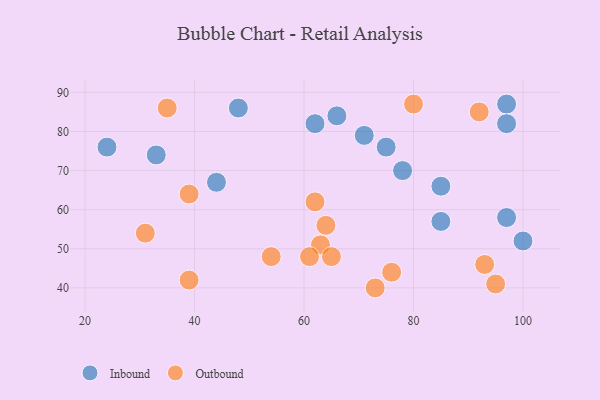
{"axis": {"x": "GDP", "y": "Life Expectancy"}, "legend": ["Inbound", "Outbound"], "data": [{"x": "100", "y": 52, "type": "Inbound"}, {"x": "75", "y": 76, "type": "Inbound"}, {"x": "85", "y": 57, "type": "Inbound"}, {"x": "24", "y": 76, "type": "Inbound"}, {"x": "44", "y": 67, "type": "Inbound"}, {"x": "66", "y": 84, "type": "Inbound"}, {"x": "71", "y": 79, "type": "Inbound"}, {"x": "85", "y": 66, "type": "Inbound"}, {"x": "62", "y": 82, "type": "Inbound"}, {"x": "33", "y": 74, "type": "Inbound"}, {"x": "97", "y": 87, "type": "Inbound"}, {"x": "97", "y": 58, "type": "Inbound"}, {"x": "48", "y": 86, "type": "Inbound"}, {"x": "78", "y": 70, "type": "Inbound"}, {"x": "97", "y": 82, "type": "Inbound"}, {"x": "76", "y": 44, "type": "Outbound"}, {"x": "80", "y": 87, "type": "Outbound"}, {"x": "95", "y": 41, "type": "Outbound"}, {"x": "64", "y": 56, "type": "Outbound"}, {"x": "92", "y": 85, "type": "Outbound"}, {"x": "63", "y": 51, "type": "Outbound"}, {"x": "62", "y": 62, "type": "Outbound"}, {"x": "31", "y": 54, "type": "Outbound"}, {"x": "73", "y": 40, "type": "Outbound"}, {"x": "39", "y": 64, "type": "Outbound"}, {"x": "61", "y": 48, "type": "Outbound"}, {"x": "39", "y": 42, "type": "Outbound"}, {"x": "93", "y": 46, "type": "Outbound"}, {"x": "35", "y": 86, "type": "Outbound"}, {"x": "54", "y": 48, "type": "Outbound"}, {"x": "65", "y": 48, "type": "Outbound"}]}